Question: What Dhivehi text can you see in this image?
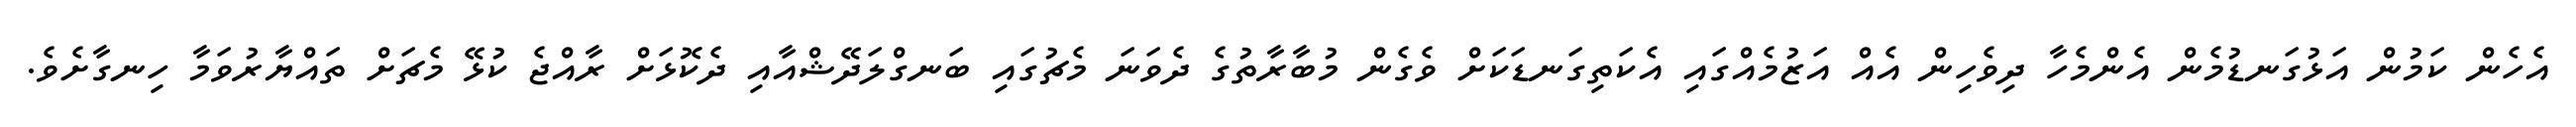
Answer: އެހެން ކަމުން އަޅުގަނޑުމެން އެންމެހާ ދިވެހިން އެއް އަޒުމެއްގައި އެކަތިގަނޑަކަށް ވެގެން މުބާރާތުގެ ދެވަނަ މެޗުގައި ބަނގްލަދޭޝްއާއި ދެކޮޅަށް ރާއްޖެ ކުޅޭ މެޗަށް ތައްޔާރުވަމާ ހިނގާށެވެ.